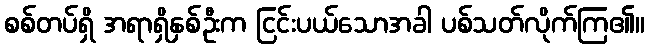
စစ်တပ်ရှိ အရာရှိနှစ်ဦးက ငြင်းပယ်သောအခါ ပစ်သတ်လိုက်ကြ၏။